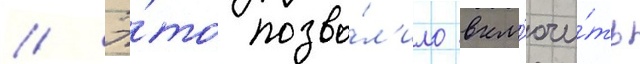
// Э́то позво́л'ило вкл'ючи́ть